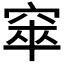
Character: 𥦑